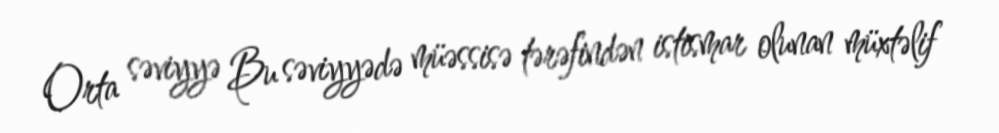
Orta səviyyə Bu səviyyədə müəssisə tərəfindən istismar olunan müxtəlif